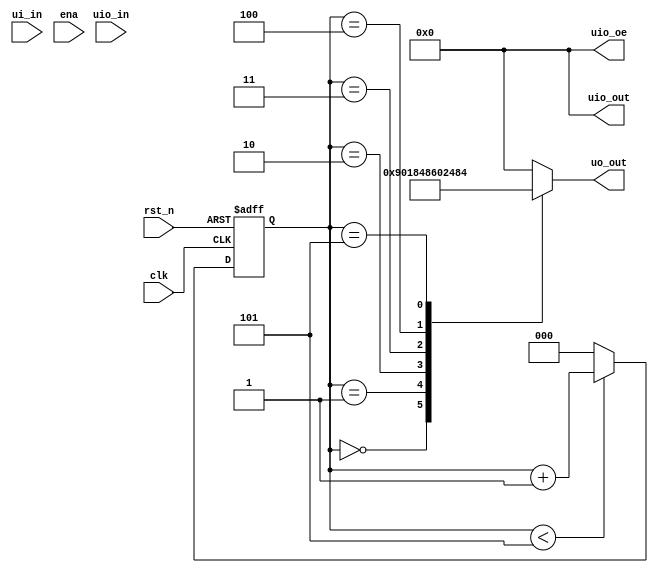
`default_nettype none
//`timescale 1ns/1ns
module tt_um_bit_ctrl (
    input  wire [7:0] ui_in,    // Dedicated inputs
    output wire [7:0] uo_out,   // Dedicated outputs
    input  wire [7:0] uio_in,   // IOs: Input path
    output wire [7:0] uio_out,  // IOs: Output path
    output wire [7:0] uio_oe,   // IOs: Enable path (active high: 0=input, 1=output)
    input  wire       ena,      // will go high when the design is enabled
    input  wire       clk,      // clock
    input  wire       rst_n     // reset_n - low to reset
);

wire reset;
reg [7:0] out;
reg [2:0] counter;

//assign clk = ui_in[0];
//assign reset = !(rst_n);
assign uo_out = out;
assign uio_oe  = 0;
assign uio_out = 0;

always @(posedge clk or negedge rst_n) begin
    if (!rst_n) begin
        counter <= 3'b000;
    end else begin
        if (counter < 3'b101) begin
            counter <= counter + 1;
        end else begin
            counter <= 3'b000;
        end
    end
end

always @(*) begin
    case (counter)
        3'b000: out = 8'b10010000;
        3'b001: out = 8'b00011000;
        3'b010: out = 8'b01001000;
        3'b011: out = 8'b01100000;
        3'b100: out = 8'b00100100;
        3'b101: out = 8'b10000100;
        default: out = 8'b00000000;
    endcase
end

endmodule